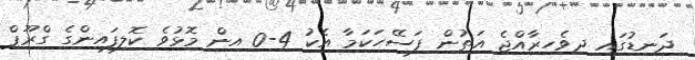
ދަނޑުގައި ދިވެހިރާއްޖެ އަތުން ފަސޭހަކަމާ އެކު 4-0 އިން މޮޅުވެ ކޮލިފައިންގެ ގްރޫޕް